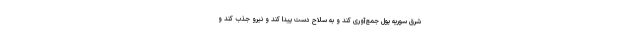
شرق سوریه پول جمع‌آوری کند و به سلاح دست پیدا کند و نیرو جذب کند و